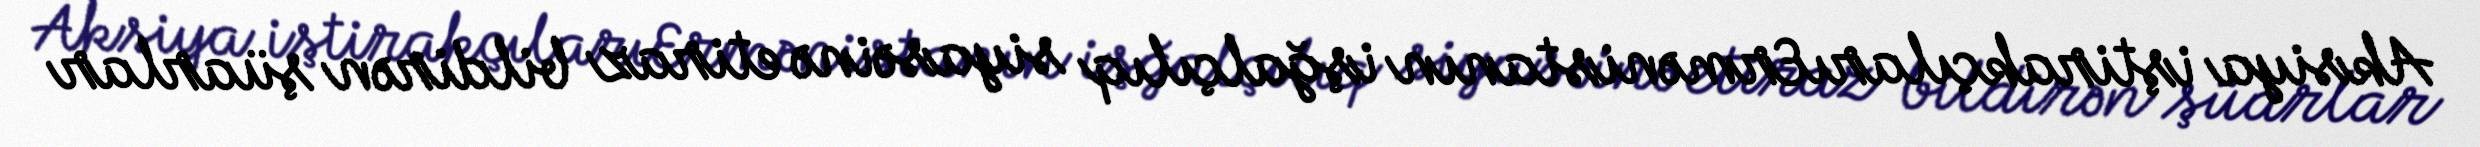
Aksiya iştirakçılarıErmənistanın işğalçılıq siyasəinə etiraz bildirən şüarlar